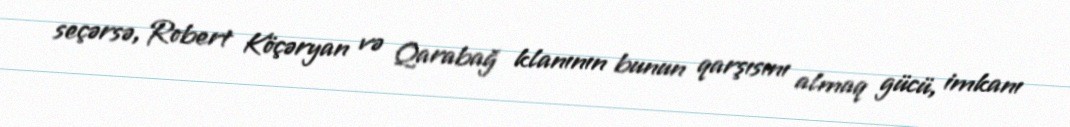
seçərsə, Robert Köçəryan və Qarabağ klanının bunun qarşısını almaq gücü, imkanı